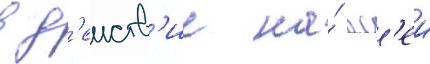
в д'еиств'ие на́ вс'еи